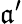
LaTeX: \mathfrak{a}^{\prime}